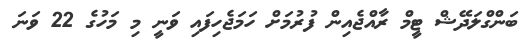
ބަންގްލަދޭޝް ޓީމް ރާއްޖެއިން ފުރުމަށް ހަމަޖެހިފައި ވަނީ މި މަހުގެ 22 ވަނަ